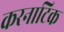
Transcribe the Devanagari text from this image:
करनाटिक